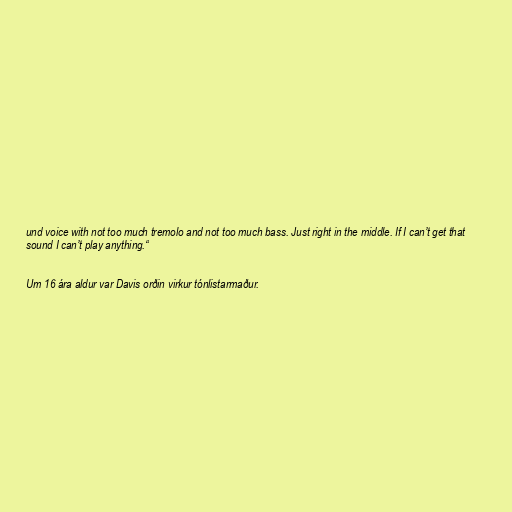
und voice with not too much tremolo and not too much bass. Just right in the middle. If I can’t get that
sound I can’t play anything.“

Um 16 ára aldur var Davis orðin virkur tónlistarmaður.